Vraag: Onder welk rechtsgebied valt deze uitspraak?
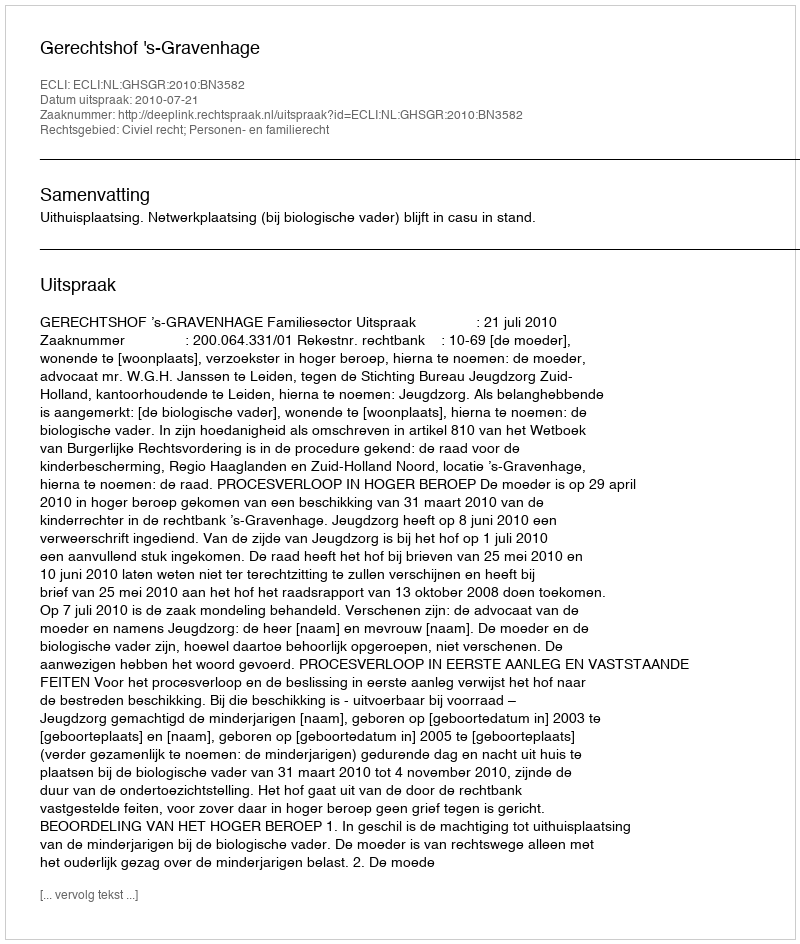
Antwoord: Civiel recht; Personen- en familierecht